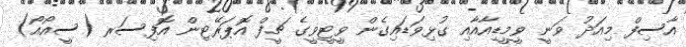
އާސިފް މިއަދު ވަނީ ވީމީޑިއާއާއި ގުޅިވަޑައިގެން ވީޓީވީގެ ޗީފް އޮޕަރޭޓިން އޮފިސަރ (ސީއޯއޯ)